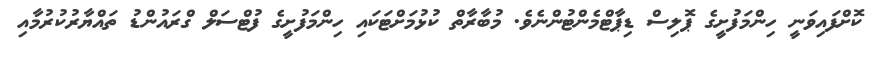
ކޮށްފައިވަނީ ހިންމަފުށީގެ ޕޮލިސް ޑިޕާޓްމެންޓުންނެވެ. މުބާރާތް ކުޅުމަށްޓަކައި ހިންމަފުށީގެ ފުޓްސަލް ގްރައުންޑު ތައްޔާރުކުރުމާއި